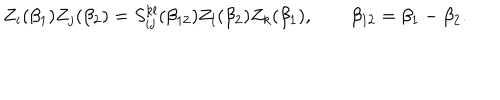
Z _ { i } ( \beta _ { 1 } ) Z _ { j } ( \beta _ { 2 } ) = S _ { i j } ^ { k l } ( \beta _ { 1 2 } ) Z _ { l } ( \beta _ { 2 } ) Z _ { k } ( \beta _ { 1 } ) , \qquad \beta _ { 1 2 } = \beta _ { 1 } - \beta _ { 2 } .